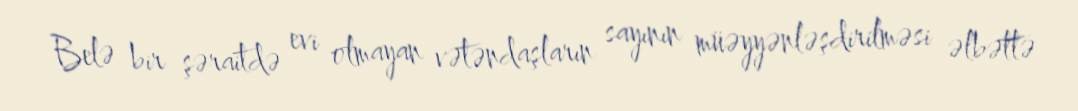
Belə bir şəraitdə evi olmayan vətəndaşların sayının müəyyənləşdirilməsi əlbəttə